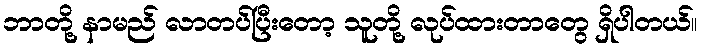
ဘာတို့ နာမည် လာတပ်ပြီးတော့ သူတို့ လုပ်ထားတာတွေ ရှိပါတယ်။